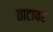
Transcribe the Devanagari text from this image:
ताटावर